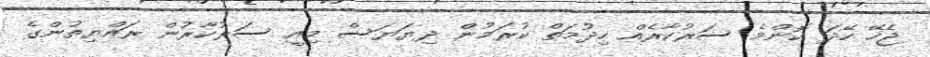
ޖެހޭ ހޭދަ ކޮންމެ ސަރުކާރެއް ހިދުމަތް ކުރަމުން ދިޔަޔަސް މިއީ ސަރުކާރުން ރައްޔިތުންގެ